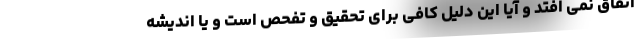
اتفاق نمی افتد و آیا این دلیل کافی برای تحقیق و تفحص است و یا اندیشه